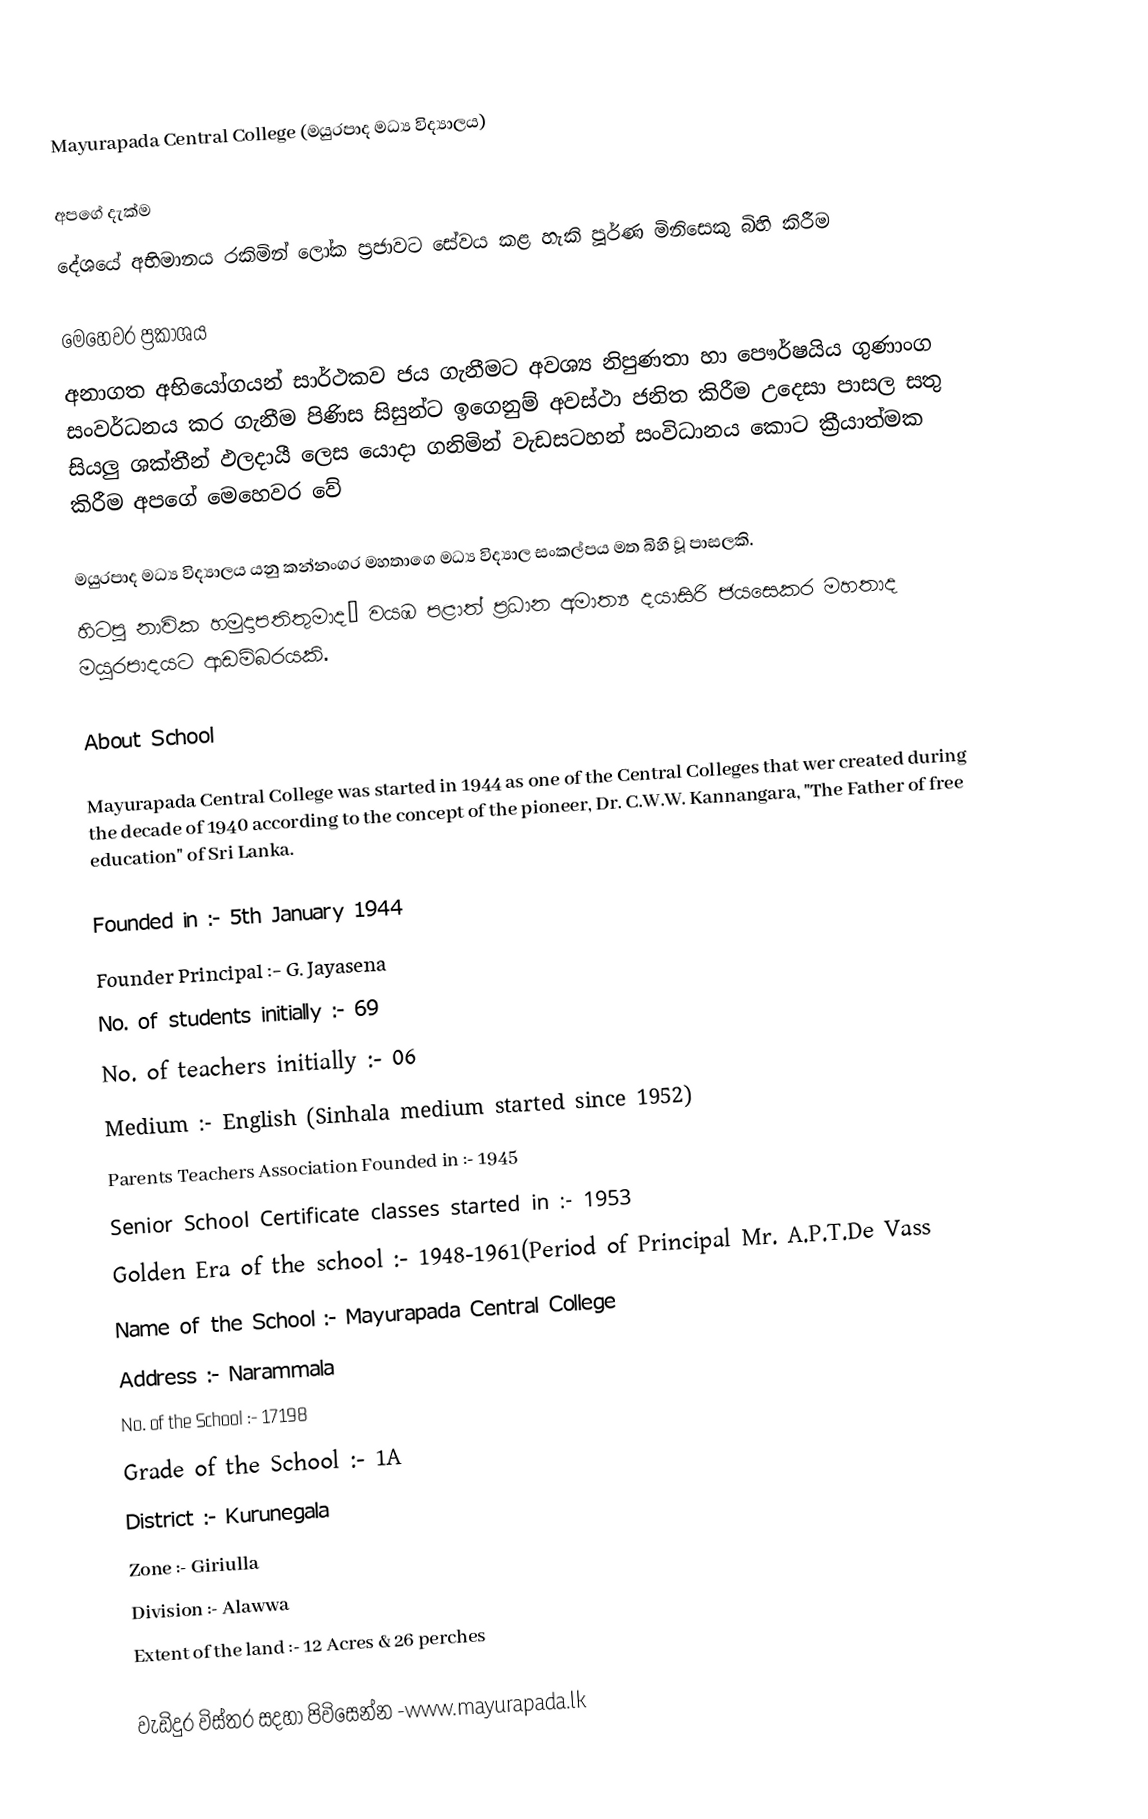
Mayurapada Central College (මයුරපාද මධ්‍ය විද්‍යාලය)

               අපගේ දැක්ම
දේශයේ අභිමානය රකිමින් ලෝක ප්‍රජාවට සේවය කළ හැකි පූර්ණ මිනිසෙකු බිහි කිරීම

             මෙහෙවර ප්‍රකාශය
අනාගත අභියෝගයන් සාර්ථකව ජය ගැනීමට අවශ්‍ය නිපුණතා හා පෞර්ෂයිය ගුණාංග සංවර්ධනය කර ගැනීම පිණිස සිසුන්ට ඉගෙනුම් අවස්ථා ජනිත කිරීම උ‍දෙසා පාසල සතු සියලු ශක්තීන් ඵලදායී ලෙස යොදා ගනිමින් වැඩසටහන් සංවිධානය කොට ක්‍රීයාත්මක කිරීම අපගේ මෙහෙවර වේ

මයුරපාද මධ්‍ය විද්‍යාලය යනු කන්නංගර මහතාග‍ෙ මධ්‍ය විද්‍යාල සංකල්පය මත බිහි වූ පාසලකි.
හිටපු නාවික හමුදාපතිතුමාදˌ වයඹ පළාත් ප්‍රධාන අමාත්‍ය දයාසිරි ජයස‍ෙකර මහතාද මයුරපාදයට ආඩම්බරයකි.

About School

Mayurapada Central College was started in 1944 as one of the Central Colleges that wer created during the decade of 1940 according to the concept of the pioneer, Dr. C.W.W. Kannangara, "The Father of free education" of Sri Lanka.

Founded in		:- 5th January 1944	‍‍‍‍
Founder Principal		:- G. Jayasena	‍‍‍‍
No. of students initially		:- 69	‍‍‍‍
No. of teachers initially		:- 06	‍‍‍‍
Medium		:- English (Sinhala medium started since 1952)	‍‍‍‍
Parents Teachers Association Founded in		:- 1945	‍‍‍‍
Senior School Certificate classes started in		:- 1953	‍‍‍‍
Golden Era of the school		:- 1948-1961(Period of Principal Mr. A.P.T.De Vass	‍‍‍‍
Name of the School		:- Mayurapada Central College	‍‍‍‍
Address		:- Narammala	‍‍‍‍
No. of the School		:- 17198	‍‍‍‍
Grade of the School		:- 1A	‍‍‍‍
District		:- Kurunegala	‍‍‍‍
Zone		:- Giriulla	‍‍‍‍
Division		:- Alawwa	‍‍‍‍
Extent of the land		:- 12 Acres & 26 perches	‍‍‍‍

වැඩිදුර විස්තර සදහා පිවිස‍ෙන්න -www.mayurapada.lk